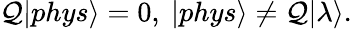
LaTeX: \mathcal{Q}|phys\rangle=0,~|phys\rangle\ne\mathcal{Q}|\lambda\rangle.